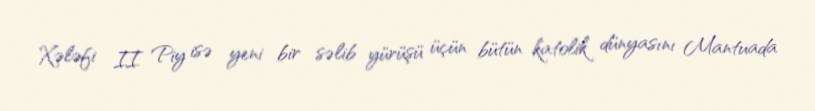
Xələfi II Piy isə yeni bir səlib yürüşü üçün bütün katolik dünyasını Mantuada